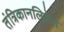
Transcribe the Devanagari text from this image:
तंत्रिकानलिकेत